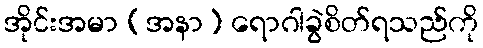
အိုင်းအမာ (အနာ) ရောဂါခွဲစိတ်ရသည်ကို